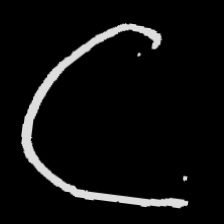
Pyu character \u2014 Myanmar letter: ဋ (romanized: tta)